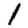
Digit: 1